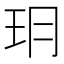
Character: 𤣽